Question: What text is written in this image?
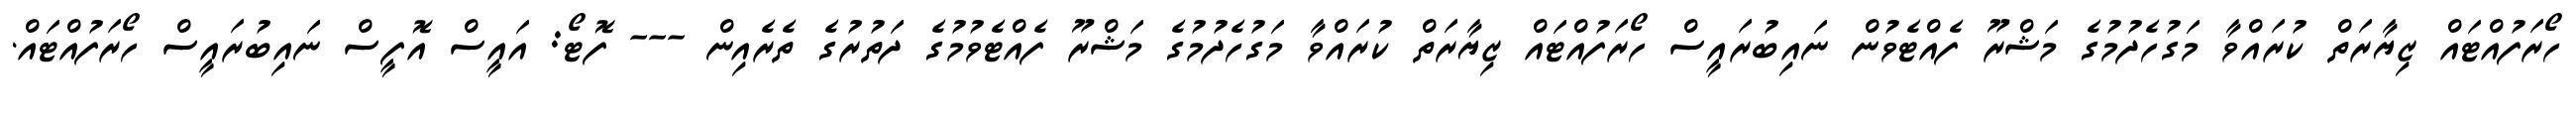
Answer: ހޯރަފުއްޓައް ޒިޔާރަތް ކުރައްވާ މަގުހެދުމުގެ މަޝްރޫ ފެއްޓެވުން ނައިބުރައީސް ހޯރަފުއްޓައް ޒިޔާރަތް ކުރައްވާ މަގުހެދުމުގެ މަޝްރޫ ފެއްޓެވުމުގެ ދަތުރުގެ ތެރެއިން --- ފޮޓޯ: އައީސް އޮފީސް ނައިބުރައީސް ހޯރަފުއްޓައް.